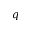
q